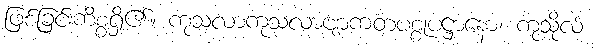
ဖြစ်ခြင်းကိစ္စရှိ၏။ ကုသလာကုသလာဗျာကတပစ္စုပဋ္ဌာနော၊ ကုသိုလ်